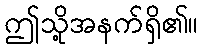
ဤသို့အနက်ရှိ၏။